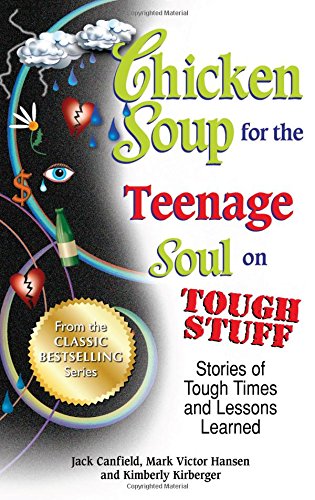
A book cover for Chicken Soup for the Teenage Soul on Tough Stuff: Stories of Tough Times and Lessons Learned (Chicken Soup for the Soul); Jack Canfield; Christian Books & Bibles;